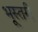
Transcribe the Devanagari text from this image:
भूस्तरी